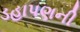
ડહાપણની